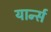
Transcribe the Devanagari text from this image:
यार्न्स